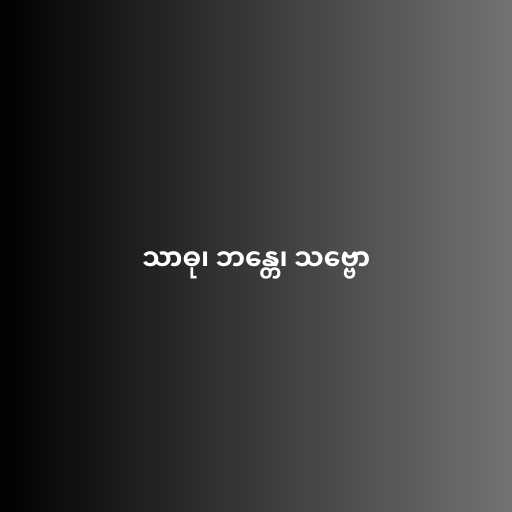
သာဓု၊ ဘန္တေ၊ သဗ္ဗော